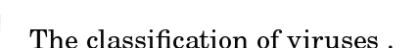
The classification of viruses .